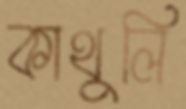
কাথুলি